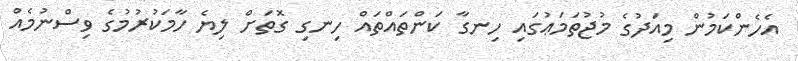
އެހެންކަމުން މިއަދުގެ މުޖުތަމަޢުގައި ހިނގާ ކަންތައްތައް ހިނގި ގޮތަށް ލިޔެ ހާމަކުރުމުގެ ވިސްނުމެއް